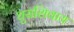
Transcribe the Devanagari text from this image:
धुराशिवाय